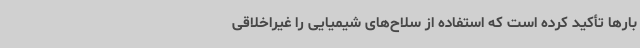
بارها تأکید کرده است که استفاده از سلاح‌های شیمیایی را غیراخلاقی